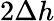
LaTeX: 2\Delta{h}